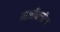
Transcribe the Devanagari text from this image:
माचीकडील